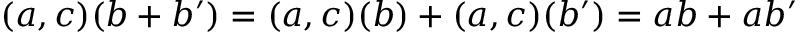
( a , c ) ( b + b ^ { \prime } ) = ( a , c ) ( b ) + ( a , c ) ( b ^ { \prime } ) = a b + a b ^ { \prime }